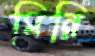
মিন্নি